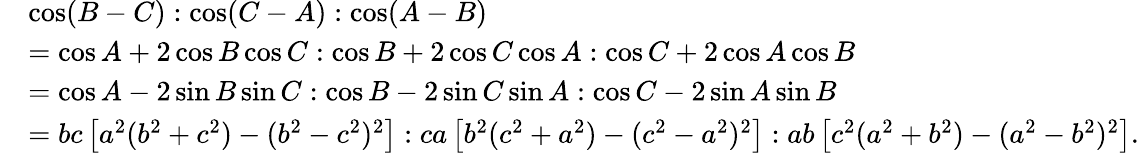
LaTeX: {\begin{array}{rl}&{\cos(B-C):\cos(C-A):\cos(A-B)}\\ &{=\cos A+2\cos B\cos C:\cos B+2\cos C\cos A:\cos C+2\cos A\cos B}\\ &{=\cos A-2\sin B\sin C:\cos B-2\sin C\sin A:\cos C-2\sin A\sin B}\\ &{=bc\left[a^{2}(b^{2}+c^{2})-(b^{2}-c^{2})^{2}\right]:ca\left[b^{2}(c^{2}+a^{2})-(c^{2}-a^{2})^{2}\right]:ab\left[c^{2}(a^{2}+b^{2})-(a^{2}-b^{2})^{2}\right].}\end{array}}